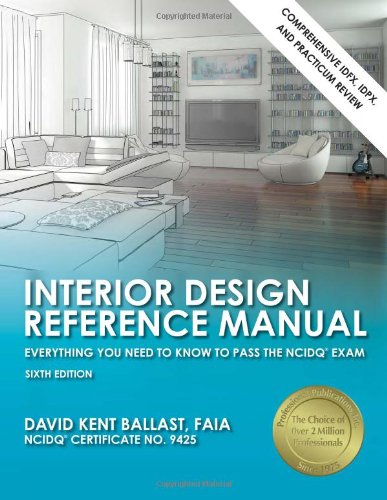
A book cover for Interior Design Reference Manual: Everything You Need to Know to Pass the NCIDQÂ® Exam; David Kent Ballast; Engineering & Transportation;